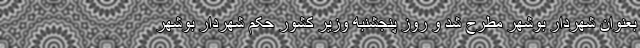
بعنوان شهردار بوشهر مطرح شد و روز پنجشنبه وزیر کشور حکم شهردار بوشهر